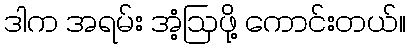
ဒါက အရမ်း အံ့ဩဖို့ ကောင်းတယ်။